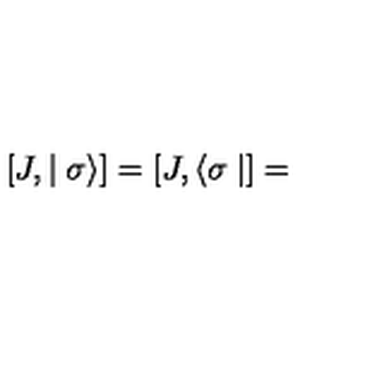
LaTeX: \left[ J , \mid \sigma \rangle \right] = \left[ J , \langle \sigma \mid \right] =